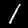
Label: 1